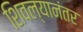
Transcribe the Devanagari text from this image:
शिवल्यानंतर